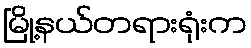
မြို့နယ်တရားရုံးက